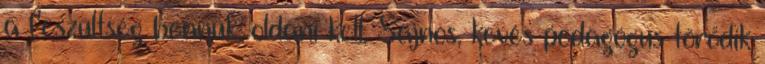
a feszültség bennük, oldani kell. Sajnos, kevés pedagógus törődik